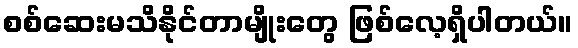
စစ်ဆေးမသိနိုင်တာမျိုးတွေ ဖြစ်လေ့ရှိပါတယ်။